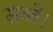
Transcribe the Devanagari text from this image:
सव्वे।